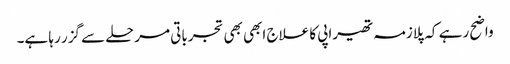
واضح رہے کہ پلازمہ تھیراپی کا علاج ابھی بھی تجرباتی مرحلے سے گزر رہا ہے۔